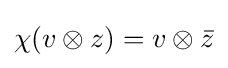
\chi (v\otimes z)=v\otimes {\bar {z}}